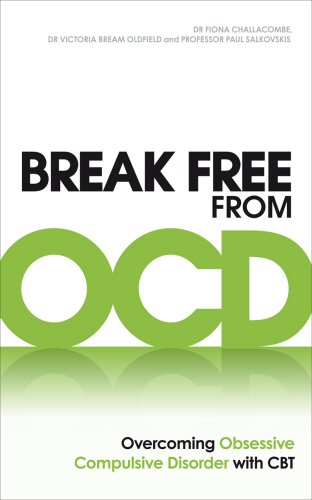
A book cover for Break Free from OCD: Overcoming Obsessive Compulsive Disorder with CBT; Dr. Fiona Challacombe; Health, Fitness & Dieting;